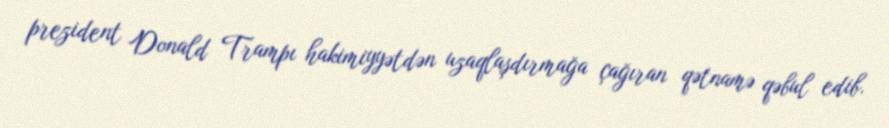
prezident Donald Trampı hakimiyyətdən uzaqlaşdırmağa çağıran qətnamə qəbul edib.